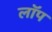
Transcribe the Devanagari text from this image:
लॉप